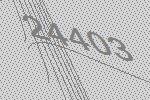
24403